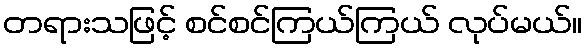
တရားသဖြင့် စင်စင်ကြယ်ကြယ် လုပ်မယ်။